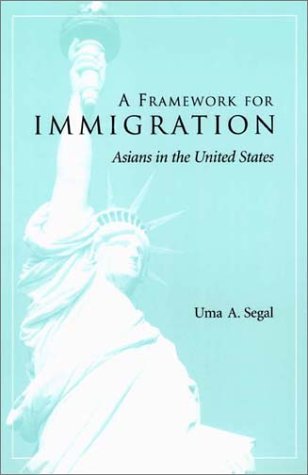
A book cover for A Framework for Immigration: Asians in the United States; Uma A. Segal; Law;